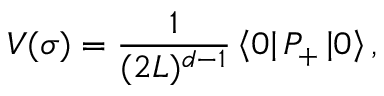
V ( \sigma ) = { \frac { 1 } { ( 2 L ) ^ { d - 1 } } } \left\langle 0 \right\vert P _ { + } \left\vert 0 \right\rangle ,